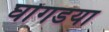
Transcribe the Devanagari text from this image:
घोंगडया